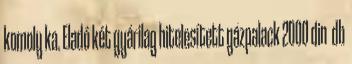
komoly ka. Eladó két gyárilag hitelesített gázpalack 2000 din db